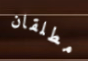
مطلقان